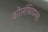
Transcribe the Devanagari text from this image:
कोलंबियन्स